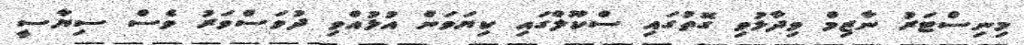
މިނިސްޓަރު ނާޒިމް ވިދާޅުވި ގޮތުގައި ސްކޫލްގައި ކިޔަވަން އުޅުއްވި ދުވަސްވަރު ވެސް ސިޔާސީ